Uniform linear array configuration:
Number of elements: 24
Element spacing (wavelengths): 1
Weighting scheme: binomial
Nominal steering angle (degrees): -30
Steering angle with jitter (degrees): -30.306
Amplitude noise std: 0.05
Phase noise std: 0.05

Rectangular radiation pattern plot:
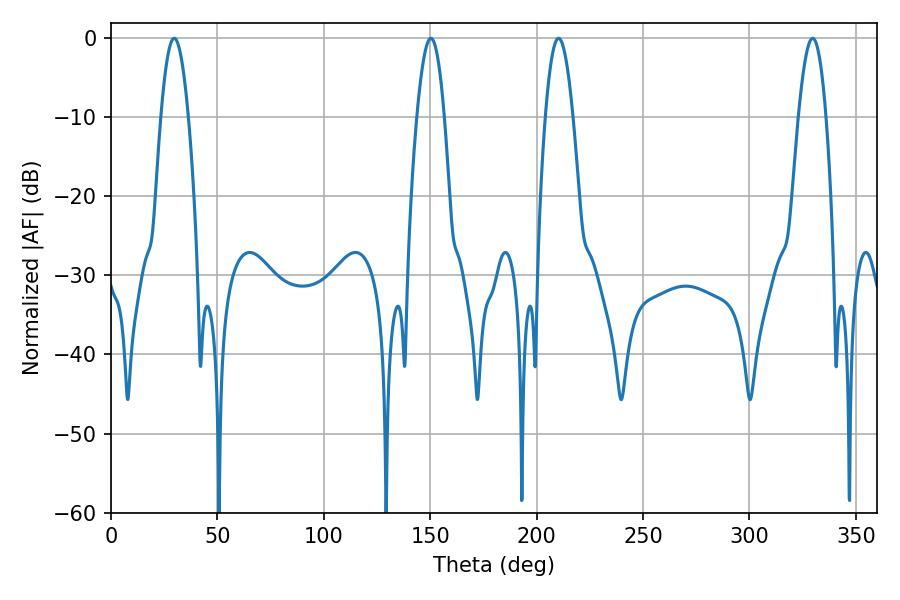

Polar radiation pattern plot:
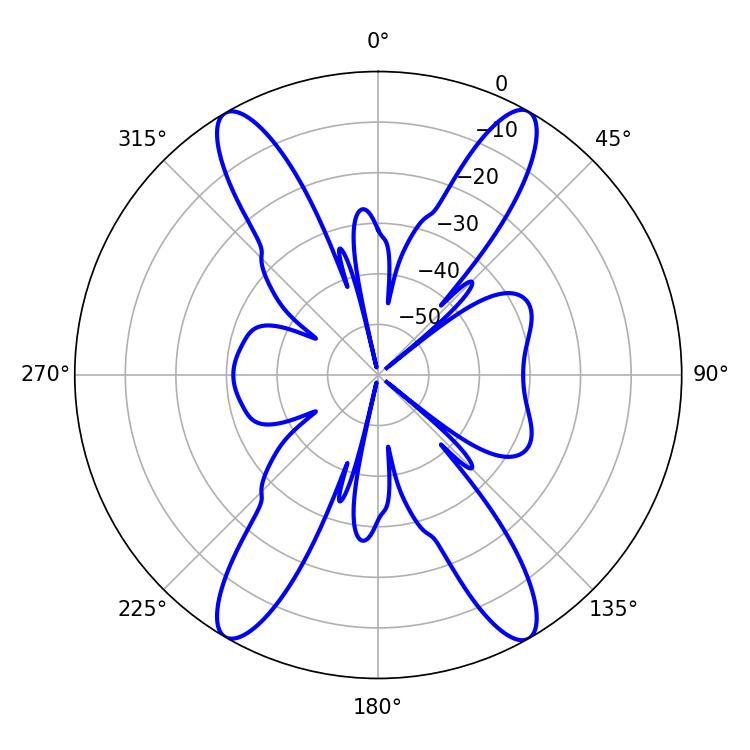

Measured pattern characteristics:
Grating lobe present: TRUE
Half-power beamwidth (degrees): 7.02
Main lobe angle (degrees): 29.7